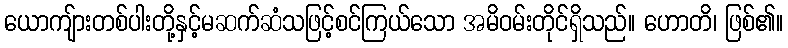
ယောကျ်ားတစ်ပါးတို့နှင့်မဆက်ဆံသဖြင့်စင်ကြယ်သော အမိဝမ်းတိုင်ရှိသည်။ ဟောတိ၊ ဖြစ်၏။